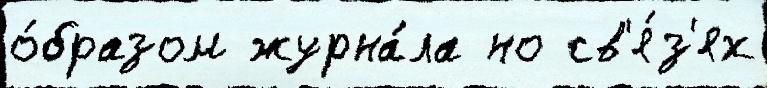
о́бразом журна́ла но св'я́з'ях